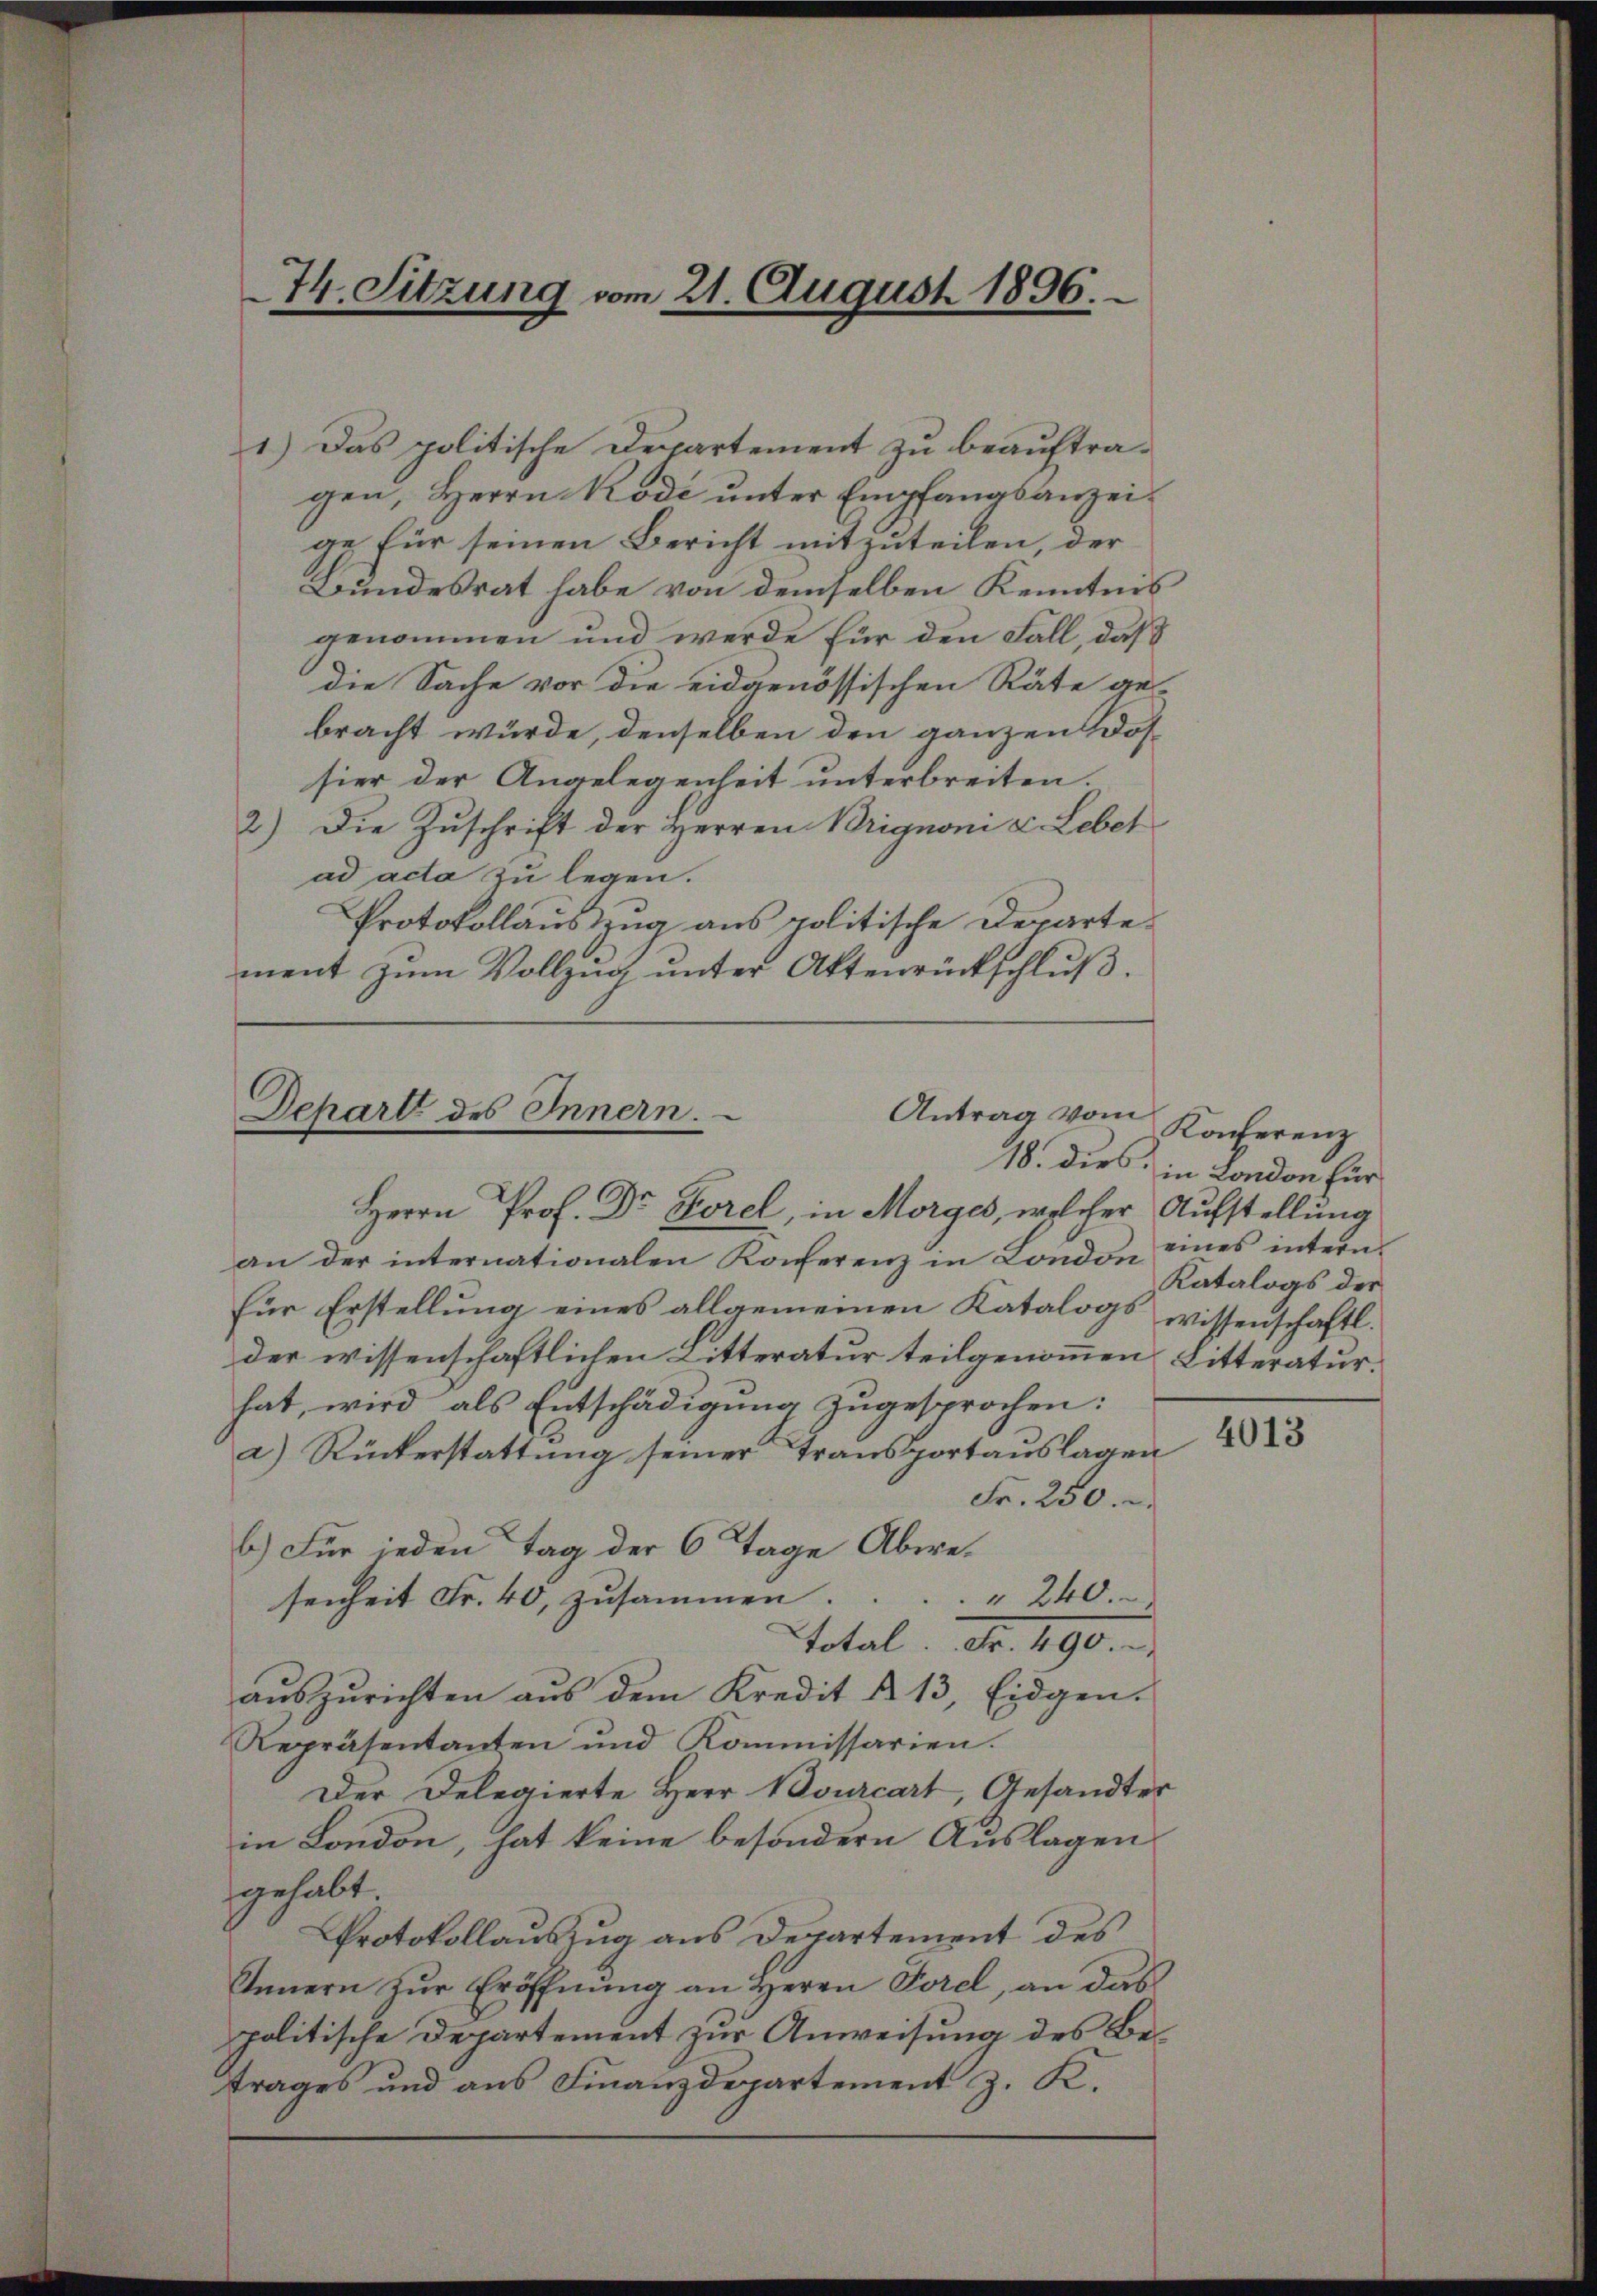
74. Sitzung vom 21. August 1896.

1.) Das politische Departement zu beauftragen, Herrn Kode unter Empfangsanzeige für seinen Bericht mitzuteilen, der
Bundesrat habe von demselben Kenntnis
genommen und werde für den Fall, daß
die Sache vor die eidgenössischen Räte ge-
bracht würde, denselben den ganzen Dossier der Angelegenheit unterbreiten.
2.) Die Zuschrift der Herren Brignoni v. Lebet
ad acta zu legen.
Protokollauszzug aus politische Departement zum Vollzug unter Aktenrückschluß.

Antrag vom
Schart des Innern.
18. dies
Herrn Prof. Dr Forel, in Morges, welcher Aufstellung

an der internationalen Konferenz in London eines intern-
für Erstellung eines allgemeinen Katalogs wissenschaftl.
der wissenschaftlichen Litteratur teilgenommen Litteraturhat, wird als Entschädigung zugesprochen:
a) Rückerstattung seiner Transportauslagen
Fr. 250.
b.) Für jeden Tag der 6 Tage Abwesenheit Fr. 40, zusammen. 240.
Total. Fr. 490.
aŭszŭrichten aus dem Kredit § 13, Eidgen.
Repräsentanten und Kommissarien.
Der Delegierte Herr Bourcart, Gesandter
in London, hat keine besondern Auslagen
gehabt.
Protokollauszug aus Departement des
Innern zur Eröffnung an Herrn Porel, an das
politische Departement zur Anweisung des Betrages und aus Finanzdepartement z. K.

Konferenz
in London für
Katalogs der

4013